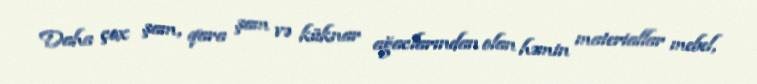
Daha çox şam, qara şam və küknar ağaclarından olan həmin materiallar mebel,